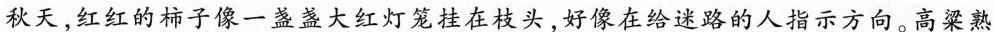
秋天，红红的柿子像一盏盏大红灯笼挂在枝头，好像在给迷路的人指示方向。高粱熟